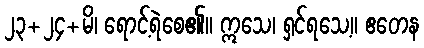
၂၃+၂၄+မိ၊ ရောင့်ရဲစေ၏။ ဣသေ၊ ရှင်ရသေ့။ ဧတေန